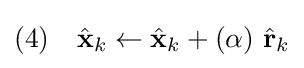
{\text{(4)}}\quad {\hat {\textbf {x}}}_{k}\leftarrow {\hat {\textbf {x}}}_{k}+(\alpha )\ {\hat {\textbf {r}}}_{k}